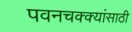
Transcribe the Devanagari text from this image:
पवनचक्क्यांसाठी